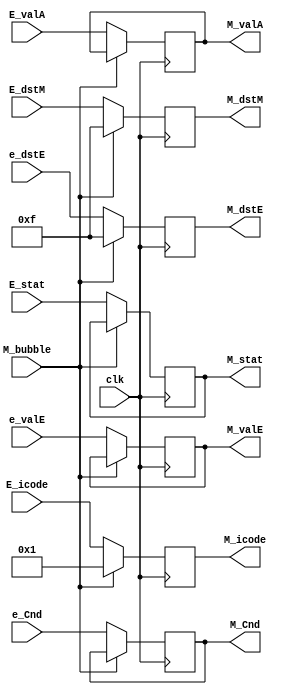
module M_register(clk, E_stat, E_icode, e_dstE, E_dstM, E_valA, e_valE, e_Cnd, M_bubble, M_stat, M_icode, M_Cnd, M_valE, M_valA, M_dstE, M_dstM);

input clk;
input [2:0] E_stat;
input [3:0] E_icode;
input [3:0] e_dstE, E_dstM;
input [63:0] E_valA, e_valE;
input e_Cnd, M_bubble;

output reg [2:0] M_stat;
output reg [3:0] M_icode;
output reg [3:0] M_dstE, M_dstM;
output reg [63:0] M_valA, M_valE;
output reg M_Cnd;

// initial begin 
//     M_stat = 1;
// end
always@(posedge clk)
    begin
        if(M_bubble == 1'b0)begin
            M_icode <= E_icode;
            M_dstE <= e_dstE;
            M_dstM <= E_dstM;
             M_valA <= E_valA;
        M_valE <= e_valE;
        M_Cnd <= e_Cnd;
        M_stat <= E_stat;
        end
        else//add a nop with icode = 1 and setting dstE and dstM to none
        begin
            M_icode <= 4'b1;
            M_dstE <= 4'hF;
            M_dstM <= 4'hF;

        end
         
    end
    

endmodule